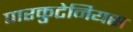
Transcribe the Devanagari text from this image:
पारकुटेनियस